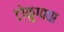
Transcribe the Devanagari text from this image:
टोकुगावा